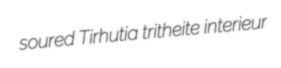
soured Tirhutia tritheite interieur